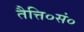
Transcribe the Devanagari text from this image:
तैत्ति०सं०